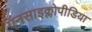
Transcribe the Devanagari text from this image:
ऍनसाइक्लोपीडिया